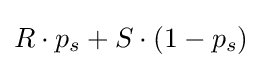
R\cdot p_{s}+S\cdot (1-p_{s})